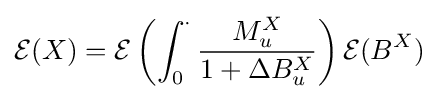
{\mathcal {E}}(X)={\mathcal {E}}\left(\int _{0}^{\cdot }{\frac {M_{u}^{X}}{1+\Delta B_{u}^{X}}}\right){\mathcal {E}}(B^{X})